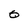
Character: 0